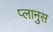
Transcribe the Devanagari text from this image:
प्लानुस